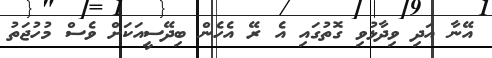
އޭނާ އަދި ވިދާޅުވި ގޮތުގައި އެ ރޭ އެހެން ބިދޭސީއަކަށް ވެސް މުހުޖަތު